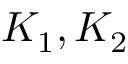
K _ { 1 } , K _ { 2 }